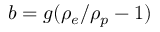
b = g ( \rho _ { e } / \rho _ { p } - 1 )